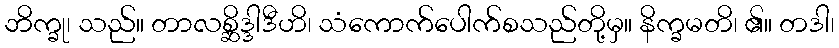
ဘိက္ခု၊ သည်။ တာလစ္ဆိဒ္ဒါဒီဟိ၊ သံကောက်ပေါက်စသည်တို့မှ။ နိက္ခမတိ၊ ၏။ တဒါ၊